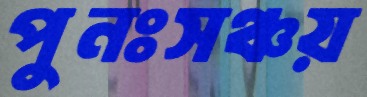
পুনঃসঞ্চয়